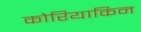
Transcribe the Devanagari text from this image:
कोरियाकिन